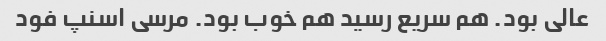
عالی بود. هم سریع رسید هم خوب بود. مرسی اسنپ فود